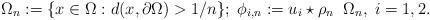
LaTeX: \begin{align*}\Omega_n:= \{x \in \Omega: d(x,\partial \Omega) > 1/n\}; \; \phi_{i,n}:= u_i \star \rho_n \;\; \Omega_n, \; i=1,2. \end{align*}